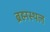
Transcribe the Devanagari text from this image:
ब्रह्मस्थल